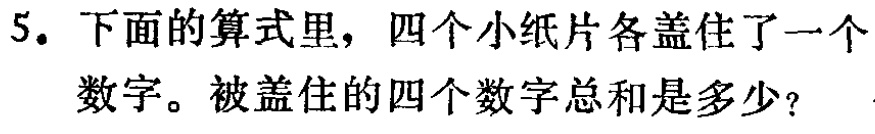
5. 下面的算式里，四个小纸片各盖住了一个数字。被盖住的四个数字总和是多少？